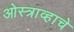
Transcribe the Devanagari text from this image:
ओस्त्राव्हाचे